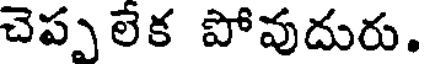
చెప్ప లేక పోవుదురు.